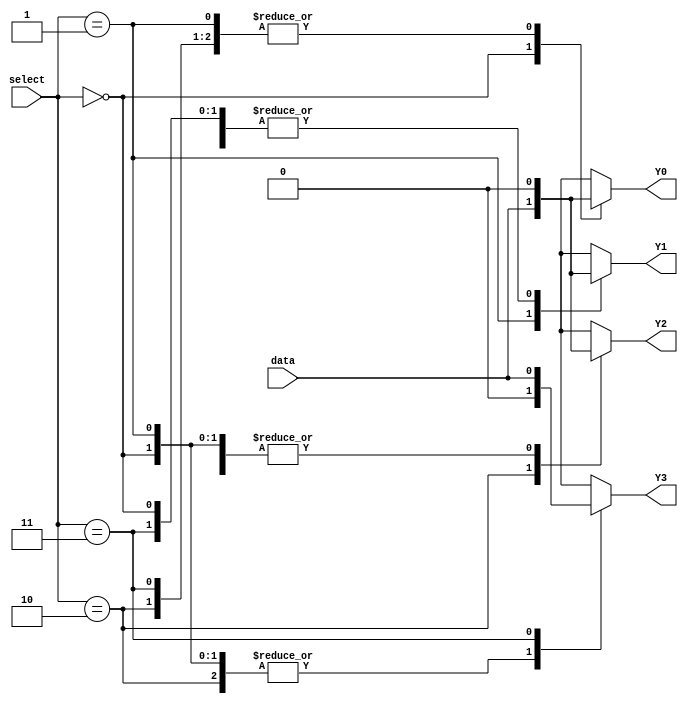
module demux_2to4 (
    input [1:0] select,
    input data,
    output reg Y0,
    output reg Y1,
    output reg Y2,
    output reg Y3
);

always @ (select, data)
begin
    case (select)
        2'b00: begin
            Y0 = data;
            Y1 = 1'b0;
            Y2 = 1'b0;
            Y3 = 1'b0;
        end
        2'b01: begin
            Y0 = 1'b0;
            Y1 = data;
            Y2 = 1'b0;
            Y3 = 1'b0;
        end
        2'b10: begin
            Y0 = 1'b0;
            Y1 = 1'b0;
            Y2 = data;
            Y3 = 1'b0;
        end
        2'b11: begin
            Y0 = 1'b0;
            Y1 = 1'b0;
            Y2 = 1'b0;
            Y3 = data;
        end
    endcase
end
endmodule